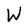
Character: W